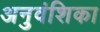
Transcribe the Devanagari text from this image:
अनुवंशिका